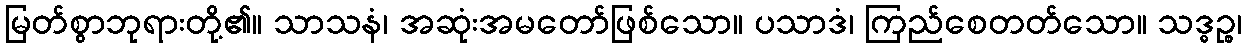
မြတ်စွာဘုရားတို့၏။ သာသနံ၊ အဆုံးအမတော်ဖြစ်သော။ ပသာဒံ၊ ကြည်စေတတ်သော။ သဒ္ဓဉ္စ၊